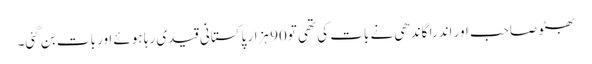
بھٹو صاحب اور اندرا گاندھی نے بات کی تھی تو90 ہزار پاکستانی قیدی رہا ہوئے اور بات بن گئی۔